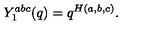
Y _ { 1 } ^ { a b c } ( q ) = q ^ { H ( a , b , c ) } .